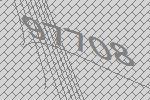
97708